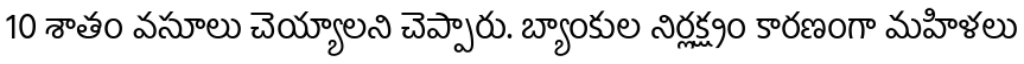
10 శాతం వసూలు చెయ్యాలని చెప్పారు. బ్యాంకుల నిర్లక్ష్యం కారణంగా మహిళలు